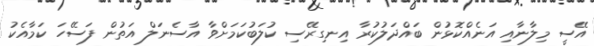
އޭސީ މިލާނާއި އަނެއްކޮޅުން ބައްދަލުކުރާ އިނގިރޭސި ކުލަބުކަމަށްވާ އާސެނަލް އަތުން ފަސޭހަ ކަމާއެކު